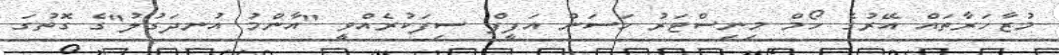
މުޒާހަރާތައް އޭރުގެ ހޯމް މިނިސްޓަރު ހަސަން އަފީފް ސިފަކުރެއްވީ "އާންމު އުނދަގުލު"ގެ ގޮތުގަ